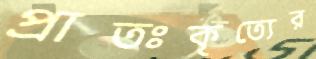
প্রাতঃকৃত্যের